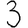
Digit: 3